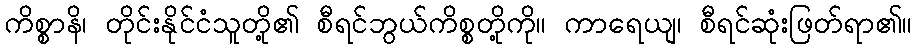
ကိစ္စာနိ၊ တိုင်းနိုင်ငံသူတို့၏ စီရင်ဘွယ်ကိစ္စတို့ကို။ ကာရေယျ၊ စီရင်ဆုံးဖြတ်ရာ၏။